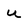
Character: U